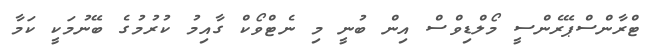
ޓްރާންސްޕޭރެންސީ މޯލްޑިވްސް އިން ބުނީ މި ނެޓްވޯކް ގާއިމު ކުރުމުގެ ބޭނުމަކީ ކަމާ